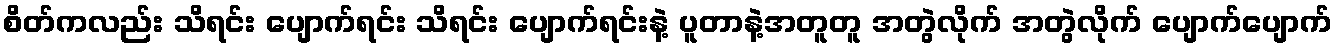
စိတ်ကလည်း သိရင်း ပျောက်ရင်း သိရင်း ပျောက်ရင်းနဲ့ ပူတာနဲ့အတူတူ အတွဲလိုက် အတွဲလိုက် ပျောက်ပျောက်